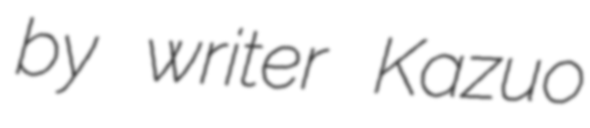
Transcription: by writer Kazuo